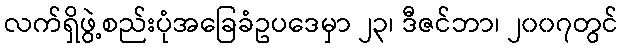
လက်ရှိဖွဲ့စည်းပုံအခြေခံဥပဒေမှာ ၂၃၊ ဒီဇင်ဘာ၊ ၂၀၀၇တွင်